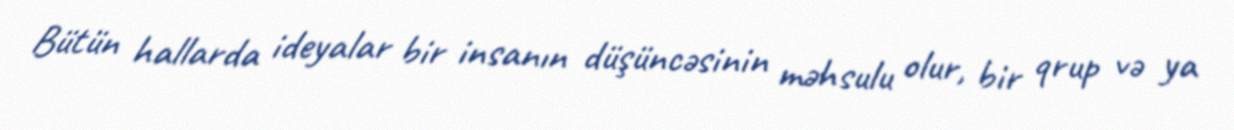
Bütün hallarda ideyalar bir insanın düşüncəsinin məhsulu olur, bir qrup və ya